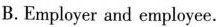
B.Employer and employee.